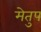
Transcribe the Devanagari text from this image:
मेेतुप